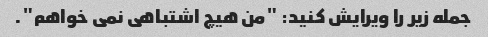
جمله زیر را ویرایش کنید: "من هیچ اشتباهی نمی خواهم".